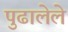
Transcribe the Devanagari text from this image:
पुढालेले